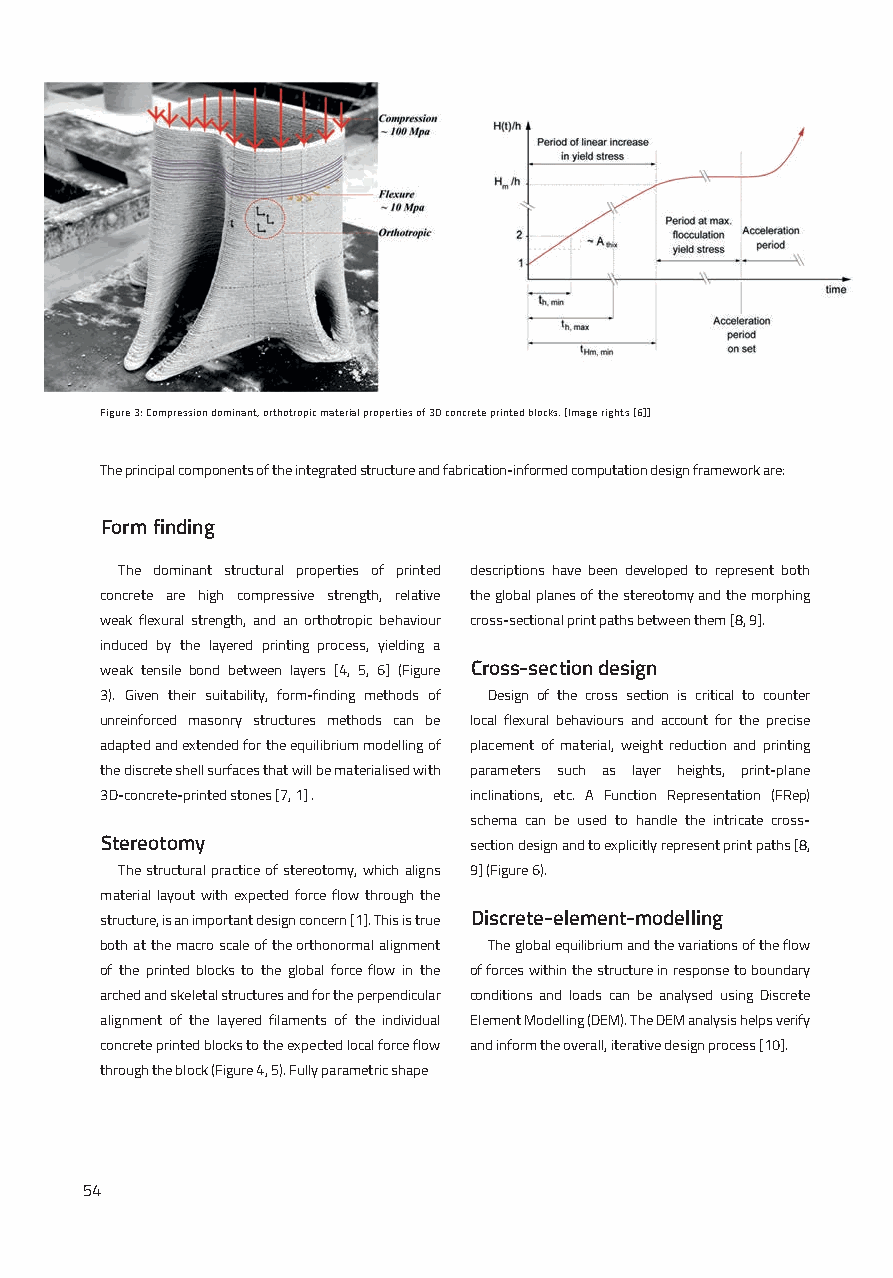
Figure 3: Compression dominant, orthotropic material properties of 3D concrete printed blocks. [Image rights [6]]
 The principal components of the integrated structure and fabrication-informed computation design framework are:
 Form finding
 The dominant structural properties of printed descriptions have been developed to represent both
 concrete are high compressive strength, relative the global planes of the stereotomy and the morphing
 weak flexural strength, and an orthotropic behaviour cross-sectional print paths between them [8, 9].
 induced by the layered printing process, yielding a
 weak tensile bond between layers [4, 5, 6] (Figure Cross-section design
 3). Given their suitability, form-finding methods of Design of the cross section is critical to counter
 unreinforced masonry structures methods can be local flexural behaviours and account for the precise
 adapted and extended for the equilibrium modelling of placement of material, weight reduction and printing
 the discrete shell surfaces that will be materialised with parameters such as layer heights, print-plane
 3D-concrete-printed stones [7, 1] . inclinations, etc. A Function Representation (FRep)
 schema can be used to handle the intricate cross-
 Stereotomy              section design and to explicitly represent print paths [8,
 The structural practice of stereotomy, which aligns 9] (Figure 6).
 material layout with expected force flow through the
 structure, is an important design concern [1]. This is true Discrete-element-modelling
 both at the macro scale of the orthonormal alignment The global equilibrium and the variations of the flow
 of the printed blocks to the global force flow in the of forces within the structure in response to boundary
 arched and skeletal structures and for the perpendicular conditions and loads can be analysed using Discrete
 alignment of the layered filaments of the individual Element Modelling (DEM). The DEM analysis helps verify
 concrete printed blocks to the expected local force flow and inform the overall, iterative design process [10].
 through the block (Figure 4, 5). Fully parametric shape
 54